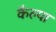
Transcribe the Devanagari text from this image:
कैल्पा